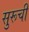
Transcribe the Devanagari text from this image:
सुरूची